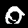
Digit: 0